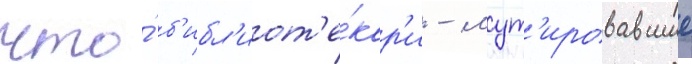
что́ б'ибл'иот'е́кар'и - мут'ировавшие